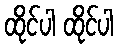
ထိုင်ပါ ထိုင်ပါ